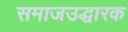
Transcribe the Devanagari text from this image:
समाजउद्धारक